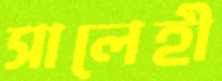
সালেহী